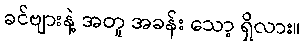
ခင်ဗျားနဲ့ အတူ အခန်း သော့ ရှိလား။